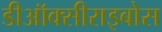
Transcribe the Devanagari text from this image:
डीऑक्सीराइबोस